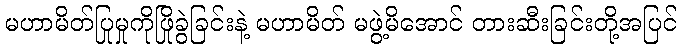
မဟာမိတ်ပြုမှုကိုဖြိုခွဲခြင်းနဲ့ မဟာမိတ် မဖွဲ့မိအောင် တားဆီးခြင်းတို့အပြင်